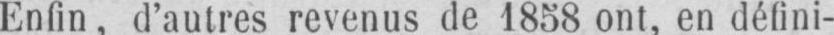
Enfin, d’autres revenus de 1858 ont, en défini-